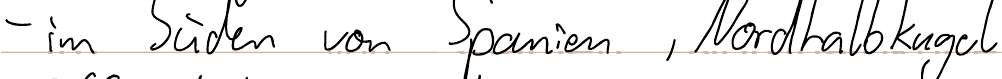
- im Süden von Spanien, Nordhalbkugel